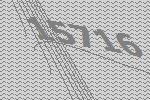
15716